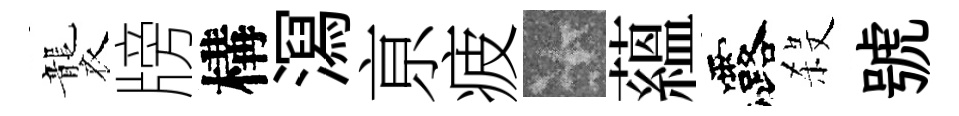
襲牓構㵼亰疲卡蘊露殺號